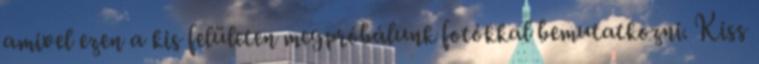
amivel ezen a kis felületen megpróbálunk fotókkal bemutatkozni. Kiss